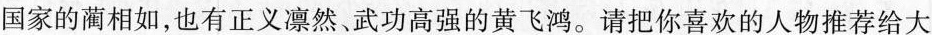
国家的蔺相如，也有正义凛然、武功高强的黄飞鸿。请把你喜欢的人物推荐给大